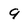
Character: 9